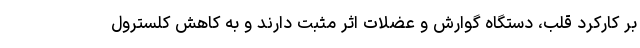
بر کارکرد قلب، دستگاه گوارش و عضلات اثر مثبت دارند و به کاهش کلسترول